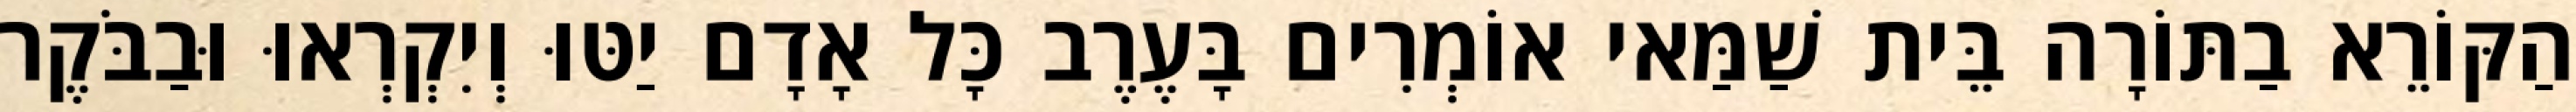
הַקּוֹרֵא בַתּוֹרָה בֵּית שַׁמַּאי אוֹמְרִים בָּעֶרֶב כָּל אָדָם יַטּוּ וְיִקְרְאוּ וּבַבֹּקֶר